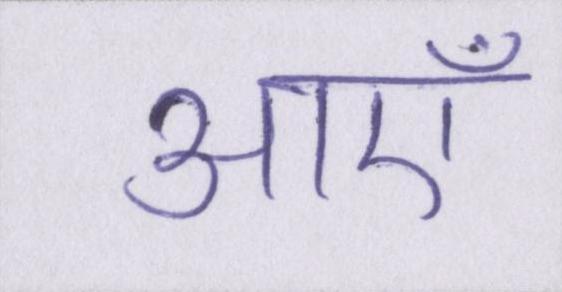
आएँ